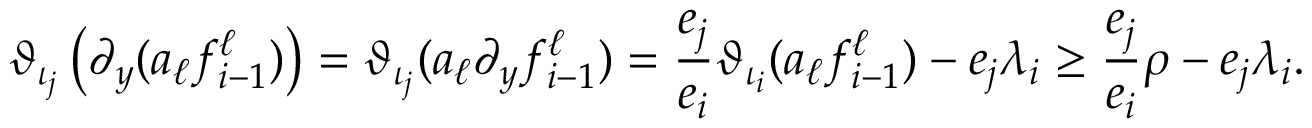
\vartheta _ { \iota _ { j } } \left( \partial _ { y } ( a _ { \ell } f _ { i - 1 } ^ { \ell } ) \right) = \vartheta _ { \iota _ { j } } ( a _ { \ell } \partial _ { y } f _ { i - 1 } ^ { \ell } ) = \frac { e _ { j } } { e _ { i } } \vartheta _ { \iota _ { i } } ( a _ { \ell } f _ { i - 1 } ^ { \ell } ) - e _ { j } \lambda _ { i } \geq \frac { e _ { j } } { e _ { i } } \rho - e _ { j } \lambda _ { i } .